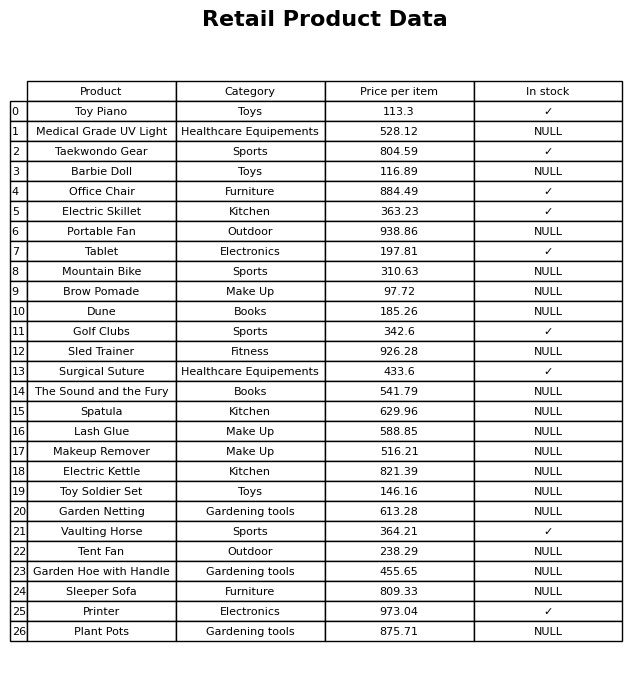
question: What is the price of the Golf Clubs?
answer: The price of Golf Clubs is 342.6.